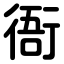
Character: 衙